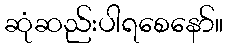
ဆုံဆည်းပါရစေနော်။